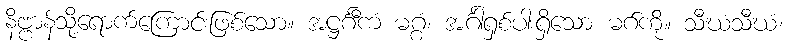
နိဗ္ဗာန်သို့ရောက်ကြောင်းဖြစ်သော။ အဋ္ဌင်္ဂီကံ မဂ္ဂံ၊ အင်္ဂါရှစ်ပါးရှိသော မဂ်ကို။ သီဃံသီဃံ၊